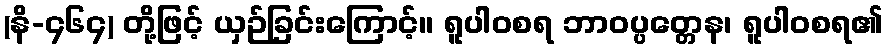
(နိ-၄၆၄) တို့ဖြင့် ယှဉ်ခြင်းကြောင့်။ ရူပါဝစရ ဘာဝပ္ပတ္တေန၊ ရူပါဝစရ၏